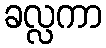
ခလ္လကာ